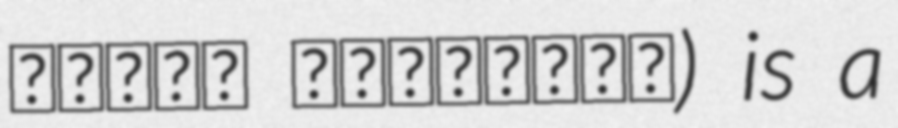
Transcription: بلوار هزارجریب) is a